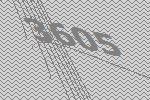
3605